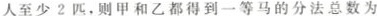
人至少2匹，则甲和乙都得到一等马的分法总数为